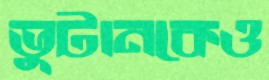
ভুটানকেও